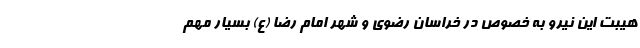
هیبت این نیرو به ‌خصوص در خراسان رضوی و شهر امام رضا (ع) بسیار مهم